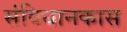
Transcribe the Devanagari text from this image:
संविधानकास